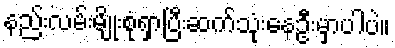
နည်းလမ်းမျိုးစုံရှာပြီးဆက်သုံးနေဦးမှာပါပဲ။